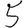
Digit: 5